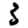
Digit: 3